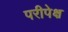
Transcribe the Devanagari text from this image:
परीपेक्ष